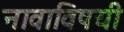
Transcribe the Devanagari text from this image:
नावाविषयी